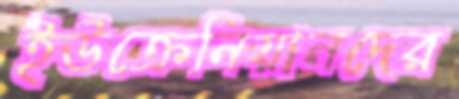
ইউক্রেনিয়ানদের